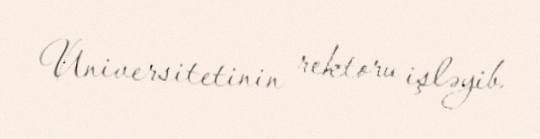
Universitetinin rektoru işləyib.